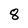
Character: 8